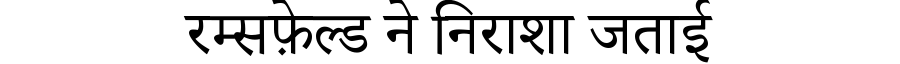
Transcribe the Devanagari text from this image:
रम्सफ़ेल्ड ने निराशा जताई